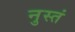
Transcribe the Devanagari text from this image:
नुस्तं